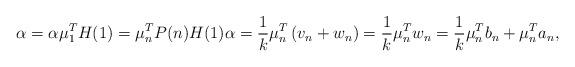
LaTeX: \begin{align*}\alpha=\alpha\mu_1^TH(1)=\mu_n^TP(n)H(1)\alpha=\frac{1}{k}\mu_n^T\left(v_n+w_n\right)=\frac{1}{k}\mu_n^Tw_n=\frac{1}{k}\mu_n^Tb_n+ \mu_n^Ta_n,\end{align*}